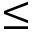
\leq